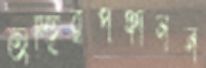
অস্হিরপঞ্চানন